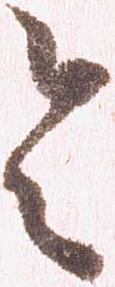
令